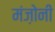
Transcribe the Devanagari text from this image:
मंज़ोनी